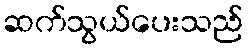
ဆက်သွယ်ပေးသည်